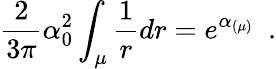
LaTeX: \frac{2}{3\pi}\alpha_{0}^{2}\int_{\mu}\frac{1}{r}dr=e^{\alpha_{(\mu)}}~~.